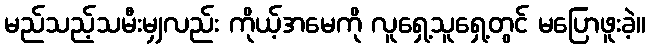
မည်သည့်သမီးမျှလည်း ကိုယ့်အမေကို လူရှေ့သူရှေ့တွင် မပြောဖူးခဲ့။